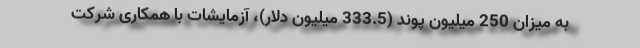
به میزان 250 میلیون پوند (333.5 میلیون دلار)، آزمایشات با همکاری شرکت